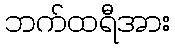
ဘက်ထရီအား